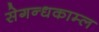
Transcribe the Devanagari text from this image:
सेगन्धकाम्ल